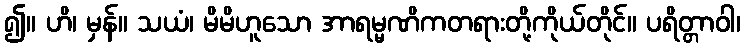
၍။ ဟိ၊ မှန်။ သယံ၊ မိမိဟူသော အာရမ္မဏိကတရားတို့ကိုယ်တိုင်။ ပရိတ္တာဝါ၊